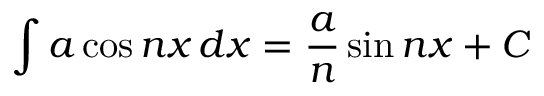
\int a \cos n x \, d x = { \frac { a } { n } } \sin n x + C